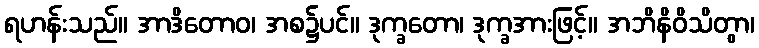
ရဟန်းသည်။ အာဒိတောဝ၊ အစ၌ပင်။ ဒုက္ခတော၊ ဒုက္ခအားဖြင့်။ အဘိနိဝိသိတွာ၊